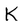
Character: k